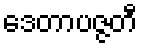
ဒေတာပဇ္ဇတီ